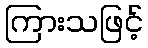
ကြားသဖြင့်